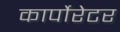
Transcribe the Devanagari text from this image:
कार्पोरेटर